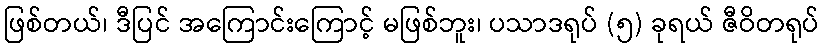
ဖြစ်တယ်၊ ဒီပြင် အကြောင်းကြောင့် မဖြစ်ဘူး၊ ပသာဒရုပ် (၅) ခုရယ် ဇီဝိတရုပ်